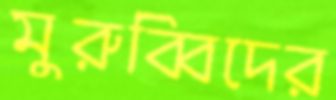
মুরুব্বিদের